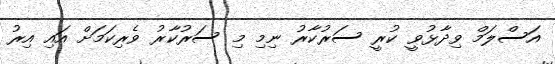
އަސްލަމް ވިދާޅުވީ ކުރީ ސަރުކާރު ނިމި މި ސަރުކާރު ވެރިކަމަށް އައި އިރު